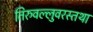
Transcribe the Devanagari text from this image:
तिरुवल्लुवरस्तथा